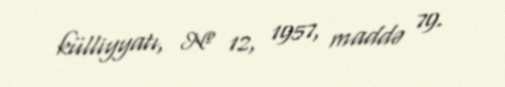
külliyyatı, № 12, 1957, maddə 79.